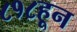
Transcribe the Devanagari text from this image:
८१८हून